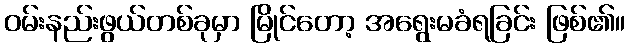
ဝမ်းနည်းဖွယ်တစ်ခုမှာ မြိုင်တော့ အရွေးမခံရခြင်း ဖြစ်၏။